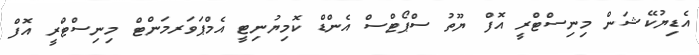
އެޑިޔުކޭޝަން މިނިސްޓްރީ އޮފް ޔޫތު ސްޕޯޓްސް އެންޑް ކޮމިޔުނިޓީ އެމްޕަވަރމަންޓް މިނިސްޓްރީ އޮފް